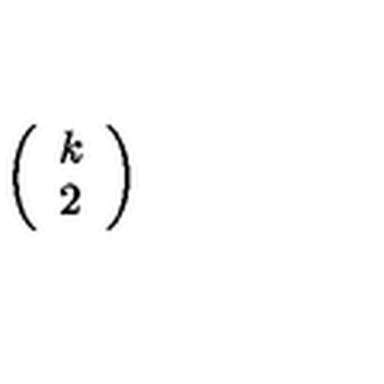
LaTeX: \left( \begin{array} { c } { k } \\ { 2 } \\ \end{array} \right)